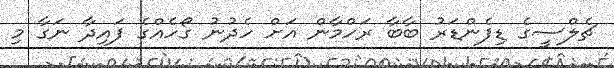
ޗެލްސީގެ ޑިފެންޑަރު ބާބާ ރަހްމާން އަށް ހެދުނު ގޯހެއްގެ ފައިދާ ނަގާ މި